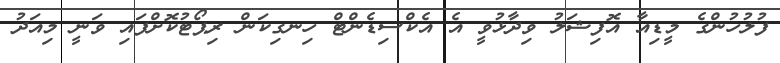
ފުލުހުންގެ މީޑިއާ އޮފިޝަލު ވިދާޅުވީ އެ އެކްސިޑެންޓް ހިނގިކަން ރިޕޯޓުކޮށްފައި ވަނީ މިއަދު